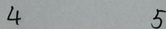
4 5